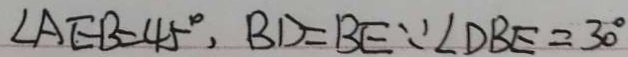
\angle A E B = 4 5 ^ { \circ } , B D = B E \because \angle D B E = 3 0 ^ { \circ }